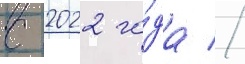
с 2022 го́да //